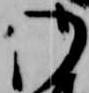
御